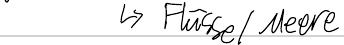
-> Flüsse / Meere